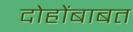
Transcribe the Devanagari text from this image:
दोहोंबाबत